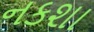
નકશા